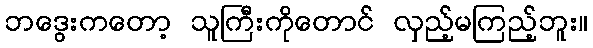
ဘဒွေးကတော့ သူကြီးကိုတောင် လှည့်မကြည့်ဘူး။